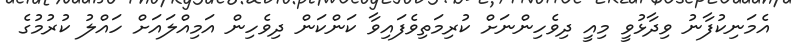
އެމަނިކުފާނު ވިދާޅުވީ މިއީ ދިވެހިންނަށް ކުރިމަތިވެފައިވާ ކަންކަން ދިވެހިން އަމިއްލައަށް ހައްލު ކުރުމުގެ